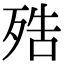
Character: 𣨓